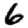
Digit: 6